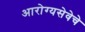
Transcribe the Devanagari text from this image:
आरोग्यसेवेचे